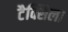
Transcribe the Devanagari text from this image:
टैक्सिला